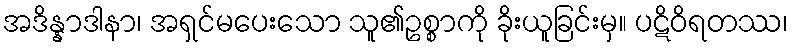
အဒိန္နာဒါနာ၊ အရှင်မပေးသော သူ၏ဥစ္စာကို ခိုးယူခြင်းမှ။ ပဋိဝိရတဿ၊